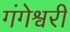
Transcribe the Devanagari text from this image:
गंगेश्वरी